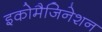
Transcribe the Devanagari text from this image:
इकोमैजिनेशन